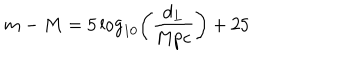
LaTeX: m - M = 5 \log _ { 1 0 } \left( \frac { d _ { L } } { \mathrm { M p c } } \right) + 2 5